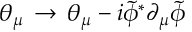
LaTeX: \theta _ { \mu } \, \to \, \theta _ { \mu } - i { \tilde { \phi } } ^ { * } \partial _ { \mu } { \tilde { \phi } }